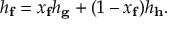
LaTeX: h _ { \mathbf { f } } = x _ { \mathbf { f } } h _ { \mathbf { g } } + ( 1 - x _ { \mathbf { f } } ) h _ { \mathbf { h } } .